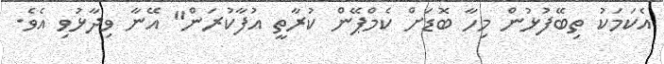
އެކަމަކު ތިބޭފުޅުން މިހާ ބޮޑަށް ކެމްޕޭން ކުރާތީ އުފާކުރަން" އޭނާ ވިދާޅުވި އެވެ.